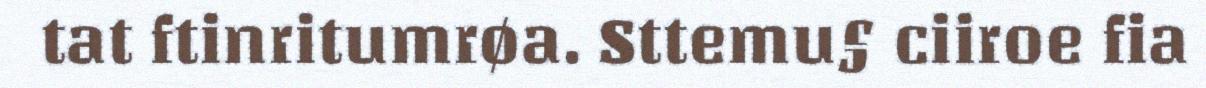
tat ftinritumrøa. Sttemu§ ciiroe fia